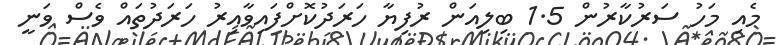
މެއި މަހު ސަރުކާރުން 1.5 ބިލިއަން ރުފިޔާ ހަރަދުކޮށްފައިވާއިރު ހަރަދުތައް ވެސް ވަނީ